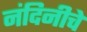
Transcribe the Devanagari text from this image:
नंदिनीचे